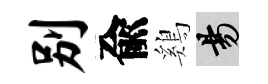
别兪鷄昜